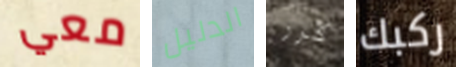
معي الدليل كرر ركبك